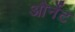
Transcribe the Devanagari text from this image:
और्नेट